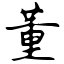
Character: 董